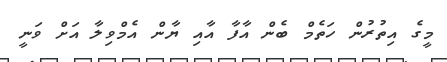
މީގެ އިތުރުން ހަތެމް ބެން އާފާ އާއި ޔާން އެމްވިލާ އަށް ވަނީ